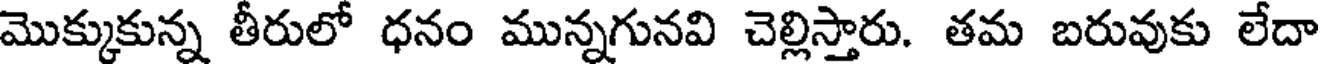
మొక్కుకున్న తీరులో ధనం మున్నగునవి చెల్లిస్తారు. తమ బరువుకు లేదా